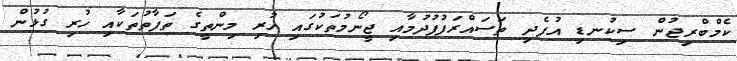
ކެމްބްރިޖުން ސިކުނޑި އުފެދި ތަސައްރަފުފުދުމާއި ޖީނޯމުތަކުގައި ހުރި މިންތީގެ ތަފާތުތަކާއި ހުރި ގުޅުން